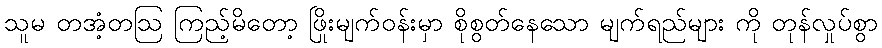
သူမ တအံ့တဩ ကြည့်မိတော့ ဖြိုးမျက်ဝန်းမှာ စိုစွတ်နေသော မျက်ရည်များ ကို တုန်လှုပ်စွာ